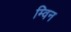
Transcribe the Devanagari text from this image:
म्विन